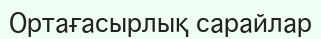
Ортағасырлық сарайлар